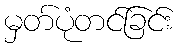
မှတ်ပုံတင်ခြင်း